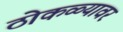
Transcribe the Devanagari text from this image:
ठोकळ्यावर